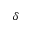
\delta